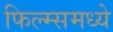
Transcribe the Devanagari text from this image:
फिल्म्समध्ये